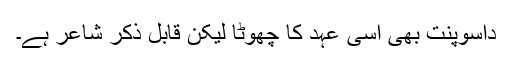
داسوپنت بھی اسی عہد کا چھوٹا لیکن قابل ذکر شاعر ہے۔